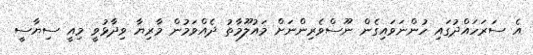
އެ ސަރަހައްދުގައި ހުންނަވައިގެން ނޫސްވެރިންނަށް މައުލޫމާތު ދެއްވަމުން މާރިޔާ ވިދާޅުވީ މިއީ ސިޔާސީ